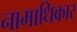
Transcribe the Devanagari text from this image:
नामाधिकार